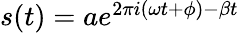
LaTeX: \begin{array}{r}{s(t)=ae^{2\pi i(\omega t+\phi)-\beta t}}\end{array}